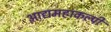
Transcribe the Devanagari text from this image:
आद्यमहाकल्पी